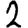
Digit: 2